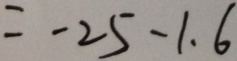
= - 2 5 - 1 . 6